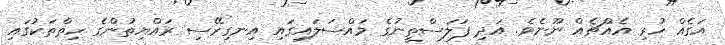
އަގެއް ހުރި އެއްޗެއް ނޫނެވެ. އަދި ފަލަސްތީނުގެ މައްސަލައިގައި އިނގިރޭސި ރައްޔިތުންގެ ހިތްތަކުގައި